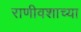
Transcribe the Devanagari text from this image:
राणीवशाच्या